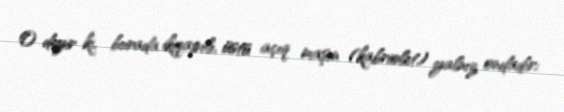
O deyir ki, burada ikiqapılı, üstü açıq maşın (kabriolet) yalnız ondadır: